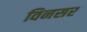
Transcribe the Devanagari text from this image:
विनसर